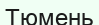
Тюмень